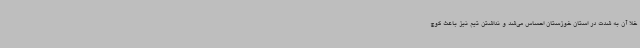
خلا آن به شدت در استان خوزستان احساس می‌شد و نداشتن تیم نیز باعث کوچ